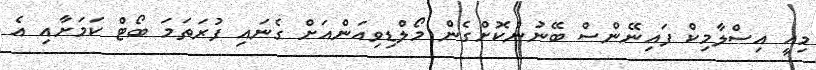
މިއީ އިސްލާމިކް ފައިނޭންސް ބޭނުންކޮށްގެން މޯލްޑިވިއަންއަށް ގެނައި ފުރަތަމަ ބޯޓް ކަމަށާއި އެ